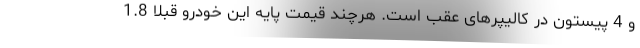
و 4 پیستون در کالیپرهای عقب است. هرچند قیمت پایه این خودرو قبلا 1.8